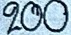
200